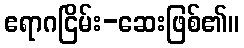
ဧရာဂငြိမ်း-ဆေးဖြစ်၏။